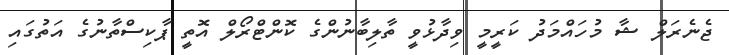
ޖެނެރަލް ޝާ މުހައްމަދު ކަރީމީ ވިދާޅުވީ ތާލިބާނުންގެ ކޮންޓްރޯލް އޮތީ ޕާކިސްތާނުގެ އަތުގައި